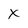
Character: X